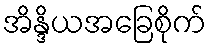
အိန္ဒိယအခြေစိုက်